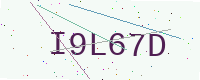
Text: I9L67D